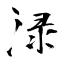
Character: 渌